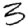
Digit: 3